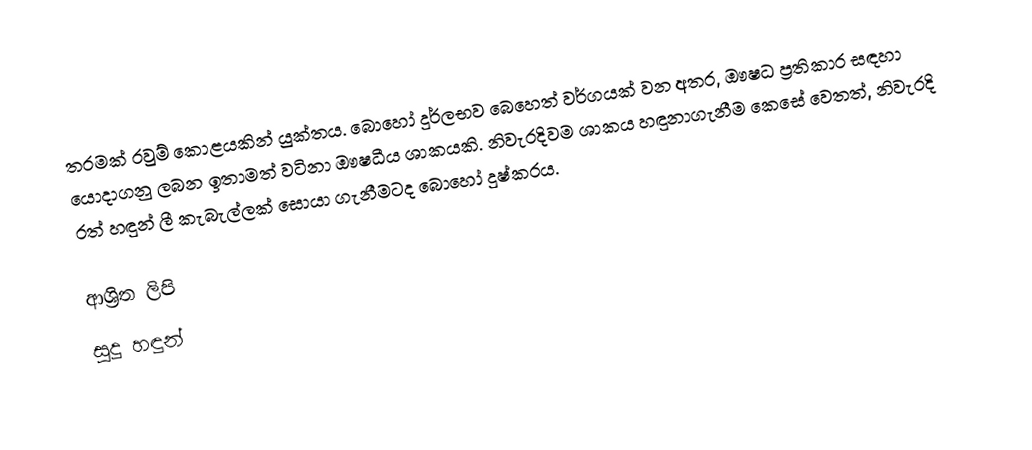
තරමක් රවුම් කොළයකින් යුක්තය. බොහෝ දුර්ලභව බෙහෙත් වර්ගයක් වන අතර, ඖෂධ ප්‍රතිකාර සඳහා යොදාගනු ලබන ඉතාමත් වටිනා ඖෂධීය ශාකයකි. නිවැරදිවම ශාකය හඳුනාගැනීම කෙසේ වෙතත්, නිවැරදි රත් හඳුන් ලී කැබැල්ලක් සොයා ගැනීමටද බොහෝ දුෂ්කරය.

ආශ්‍රිත ලිපි
 සුදු හඳුන්